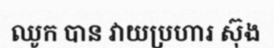
ឈូក បាន វាយប្រហារ ស៊ុង